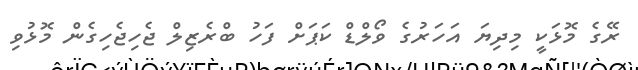
ރޭގެ މޮޅަކީ މިދިޔަ އަހަރުގެ ވޯލްޑް ކަޕަށް ފަހު ބްރެޒިލް ޖެހިޖެހިގެން މޮޅުވި